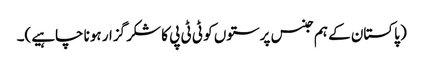
( پاکستان کے ہم جنس پرستوں کو ٹی ٹی پی کا شکر گزار ہونا چاہیے)۔